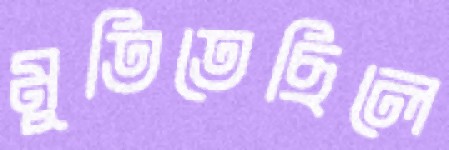
মুতিতেছিলে